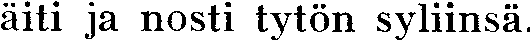
äiti ja nosti tytön syliinsä.